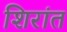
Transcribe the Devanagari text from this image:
शिरांत